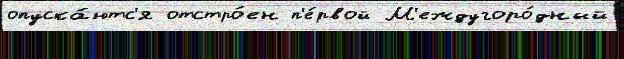
опуска́ютс'я отстро́ен п'е́рвой М'еждугоро́дный